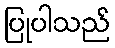
ပြုပါသည်